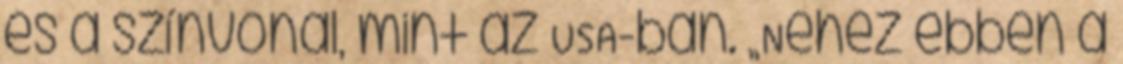
és a színvonal, mint az USA-ban. „Nehéz ebben a